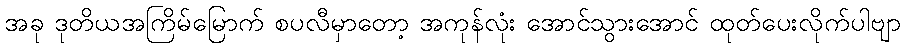
အခု ဒုတိယအကြိမ်မြောက် စပလီမှာတော့ အကုန်လုံး အောင်သွားအောင် ထုတ်ပေးလိုက်ပါဗျာ